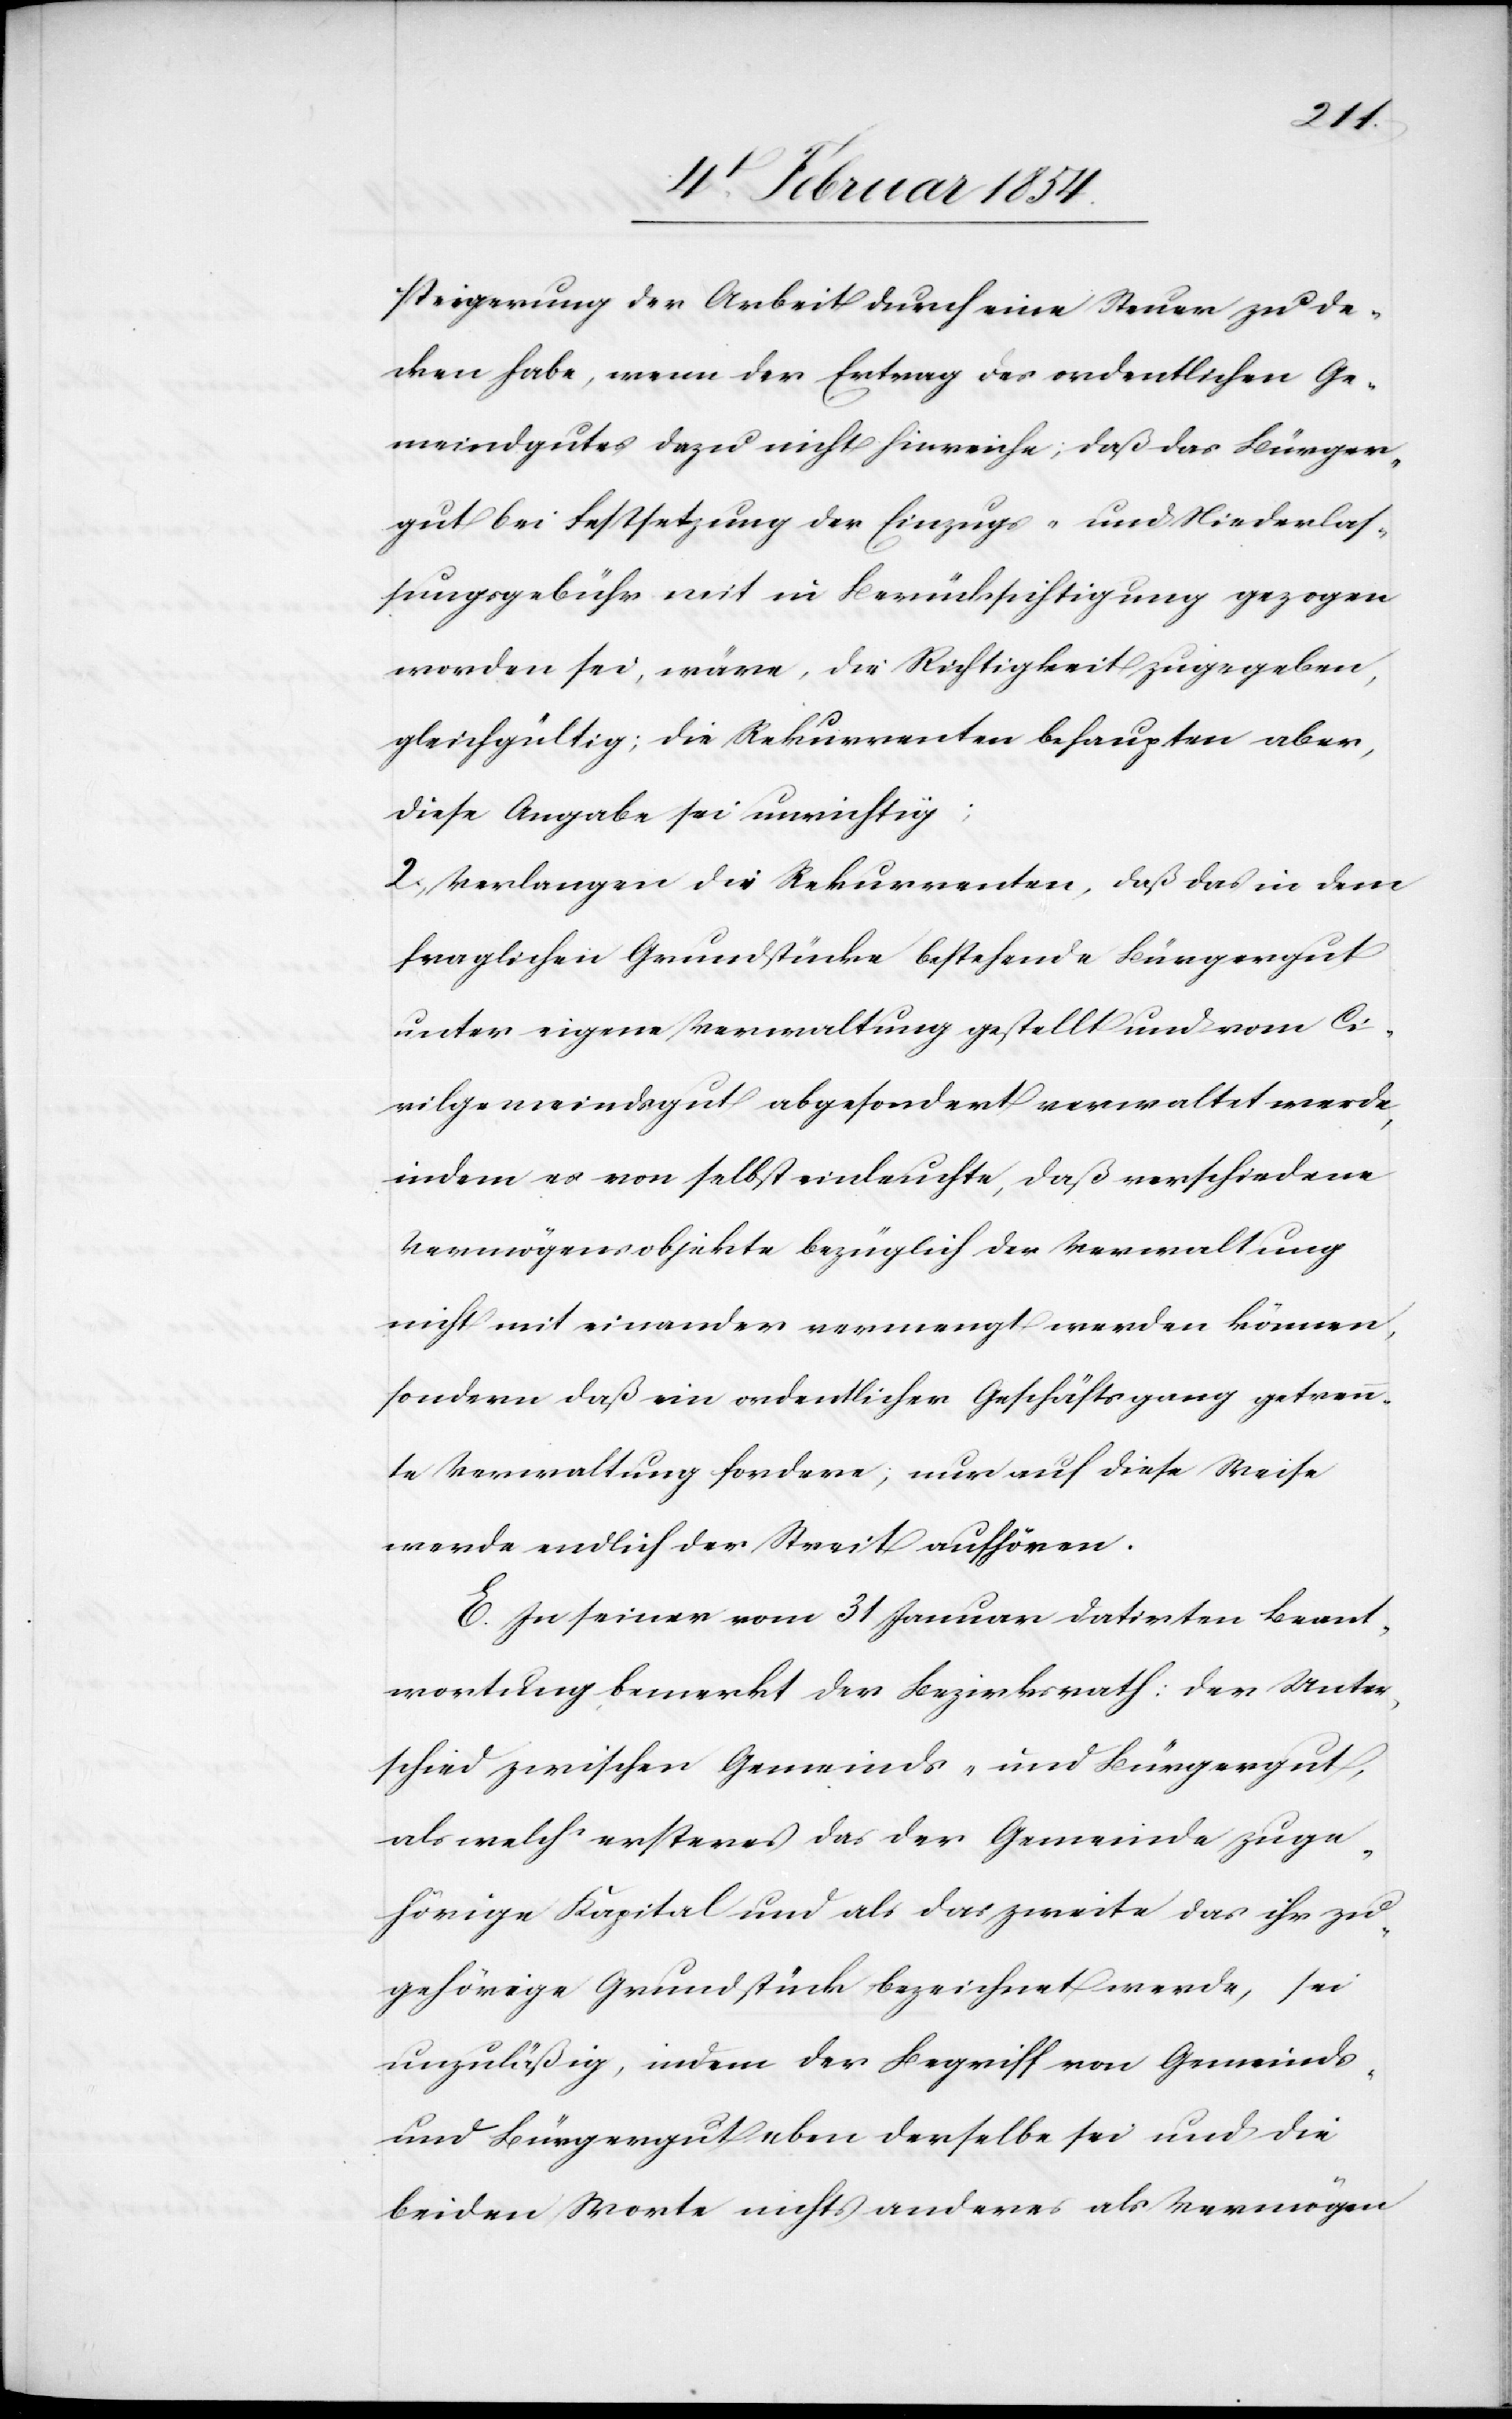
steigerung der Arbeit durch eine Steuer zu de¬
cken habe, wenn der Ertrag des ordentlichen Ge¬
meindgutes dazu nicht hinreiche; daß das Bürger¬
gut bei Festsetzung der Einzugs- und Niederlas¬
sungsgebühr mit in Berücksichtigung gezogen
worden sei, wäre, die Richtigkeit zugegeben,
gleichgültig; die Rekurrenten behaupten aber,
diese Angabe sei unrichtig;
2. Verlange die Rekurrenten, daß das in dem
fraglichen Grundstücke bestehende Bürgergut
unter eigene Verwaltung gestellt und vom Ci¬
vilgemeindsgut abgesondert verwaltet werde,
indem es von selbst einleuchte, daß verschiedene
Vermögensobjekte bezüglich der Verwaltung
nicht mit einander vermengt werden können,
sondern daß ein ordentlicher Geschäftsgang getrenn¬
te Verwaltung fordere; nur auf diese Weise
werde endlich der Streit aufhören.
E. In seiner vom 31 Januar datirten Beant¬
wortung bemerkt der Bezirksrath: Der Unter¬
schied zwischen Gemeinds- und Bürgergut,
als welch‘ ersteres das der Gemeinde zuge¬
hörige Kapital und als das zweite das ihr zu¬
gehörige Grundstück bezeichnet werde, sei
unzuläßig, indem der Begriff von Gemeinds-
und Bürgergut eben derselbe sei und die
beiden Worte nichts anderes als Vermögen